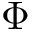
\Phi